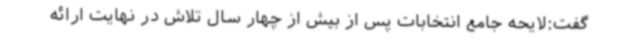
گفت:لایحه جامع انتخابات پس از بیش از چهار سال تلاش در نهایت ارائه